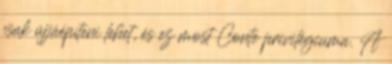
csak újjáépíteni lehet, és ez most Conte privilégiuma. A